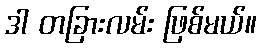
ဒါ တခြားလမ်း ဖြစ်မယ်။